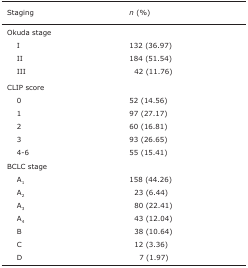
<table><thead><tr><td><b>Staging</b></td><td><b><i>n</i> (%)</b></td></tr></thead><tbody><tr><td>Okuda stage</td><td></td></tr><tr><td>I</td><td>132 (36.97)</td></tr><tr><td>II</td><td>184 (51.54)</td></tr><tr><td>III</td><td>42 (11.76)</td></tr><tr><td>CLIP score</td><td></td></tr><tr><td>0</td><td>52 (14.56)</td></tr><tr><td>1</td><td>97 (27.17)</td></tr><tr><td>2</td><td>60 (16.81)</td></tr><tr><td>3</td><td>93 (26.65)</td></tr><tr><td>4-6</td><td>55 (15.41)</td></tr><tr><td>BCLC stage</td><td></td></tr><tr><td>A<sub>1</sub></td><td>158 (44.26)</td></tr><tr><td>A<sub>2</sub></td><td>23 (6.44)</td></tr><tr><td>A<sub>3</sub></td><td>80 (22.41)</td></tr><tr><td>A<sub>4</sub></td><td>43 (12.04)</td></tr><tr><td>B</td><td>38 (10.64)</td></tr><tr><td>C</td><td>12 (3.36)</td></tr><tr><td>D</td><td>7 (1.97)</td></tr></tbody></table>